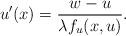
LaTeX: \begin{align*}u'(x) = \frac{w-u}{\lambda f_u(x,u)}.\end{align*}